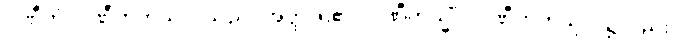
ပဏီတံ၊ ပဏီတကုသိုလ်သည်။ အတ္ထိ၊ ရှိ၏။ ပဏီတသ္မိံပိ၊ ပဏီတကုသိုလ်၌လည်း။